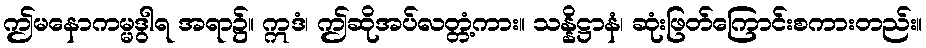
ဤမနောကမ္မဒွါရ အရာ၌။ ဣဒံ၊ ဤဆိုအပ်လတ္တံ့ကား။ သန္နိဋ္ဌာနံ၊ ဆုံးဖြတ်ကြောင်းစကားတည်း။